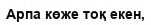
Арпа көже тоқ екен,